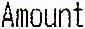
AMOUNT